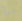
مرة